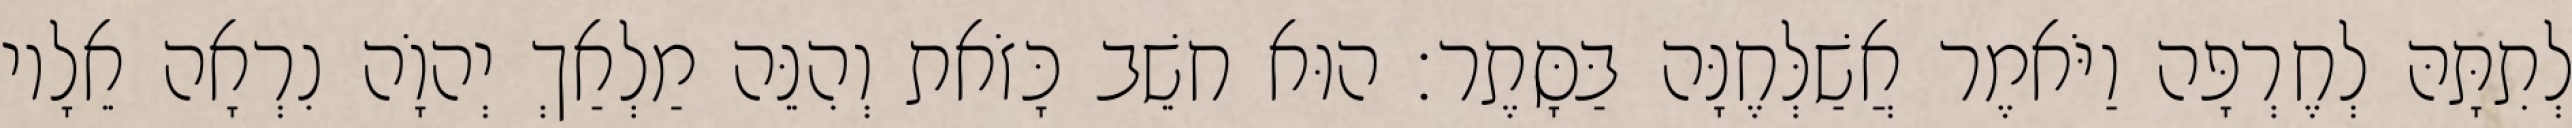
לְתִתָּהּ לְחֶרְפָּה וַיֹּאמֶר אֲשַׁלְּחֶנָּה בַּסָּתֶר׃ הוּא חשֵׁב כָּזֹאת וְהִנֵּה מַלְאַךְ יְהוָֹה נִרְאָה אֵלָיו